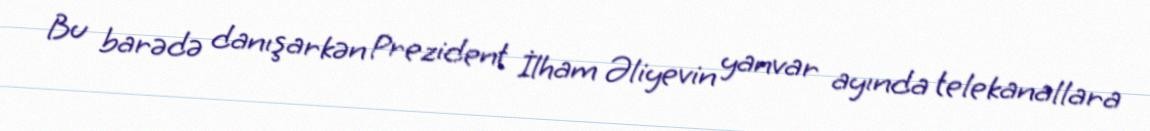
Bu barədə danışarkən Prezident İlham Əliyevin yanvar ayında telekanallara